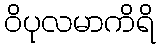
ဝိပုလမာကိရိ